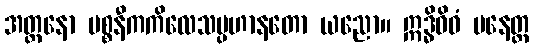
အတ္တနော ပစ္စနီကကိလေသပ္ပဟာနတော ယညော။ ဣဒ္ဓိဝိဓံ ပနေတ္ထ